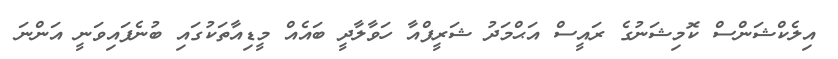
އިލެކްޝަންސް ކޮމިޝަނުގެ ރައީސް އަޙްމަދު ޝަރީފްއާ ހަވާލާދީ ބައެއް މީޑިއާތަކުގައި ބުނެފައިވަނީ އަންނަ